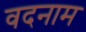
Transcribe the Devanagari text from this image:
वदनाम